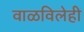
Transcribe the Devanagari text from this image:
वाळविलेही